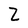
Character: Z